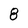
Character: 8